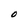
Character: O